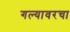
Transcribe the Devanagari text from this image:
गल्यावरचा